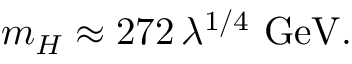
m _ { H } \approx 2 7 2 \, \lambda ^ { 1 / 4 } \ \mathrm { G e V } .